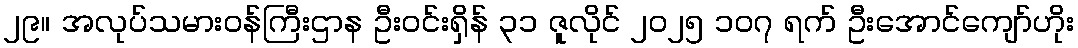
၂၉။ အလုပ်သမားဝန်ကြီးဌာန ဦးဝင်းရှိန် ၃၁ ဇူလိုင် ၂၀၂၅ ၁၀၇ ရက် ဦးအောင်ကျော်ဟိုး